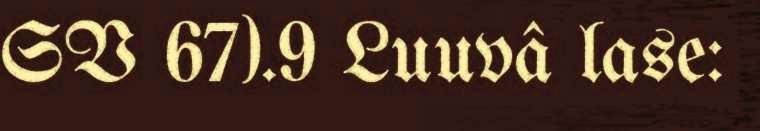
SV 67).9 Luuvâ lase: